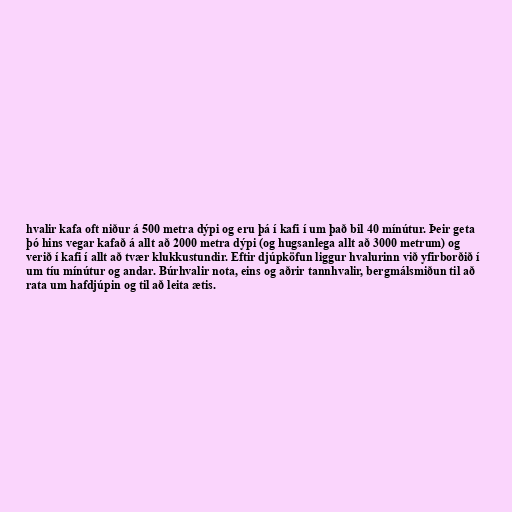
hvalir kafa oft niður á 500 metra dýpi og eru þá í kafi í um það bil 40 mínútur. Þeir geta
þó hins vegar kafað á allt að 2000 metra dýpi (og hugsanlega allt að 3000 metrum) og
verið í kafi í allt að tvær klukkustundir. Eftir djúpköfun liggur hvalurinn við yfirborðið í
um tíu mínútur og andar. Búrhvalir nota, eins og aðrir tannhvalir, bergmálsmiðun til að
rata um hafdjúpin og til að leita ætis.